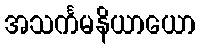
အသင်္ကမနိယာယော